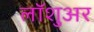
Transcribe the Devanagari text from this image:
लॉशुअर